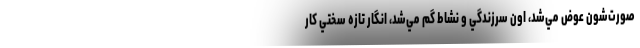
صورت‌شون عوض مي‌شد، اون سرزندگي و نشاط گم مي‌شد، انگار تازه سختي كار